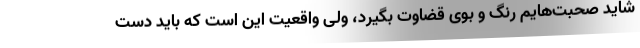
شاید صحبت‌هایم رنگ و بوی قضاوت بگیرد، ولی واقعیت این است که باید دست